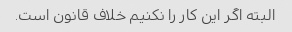
البته اگر این کار را نکنیم خلاف قانون است.